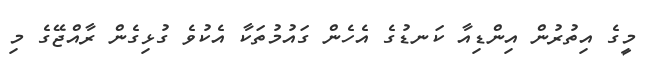
މީގެ އިތުރުން އިންޑިއާ ކަނޑުގެ އެހެން ގައުމުތަކާ އެކުވެ ގުޅިގެން ރާއްޖޭގެ މި